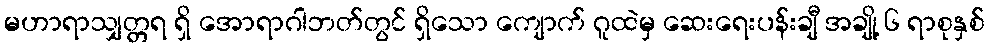
မဟာရာသျှတ္တရ ရှိ အောရာဂါဘတ်တွင် ရှိသော ကျောက် ဂူထဲမှ ဆေးရေးပန်းချီ အချို့ ၆ ရာစုနှစ်